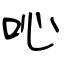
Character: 吣